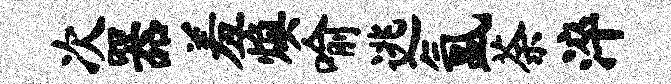
次器羞焕喻逃氲荼淬